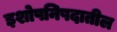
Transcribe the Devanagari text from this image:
इशोपनिषदातील